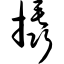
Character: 撬